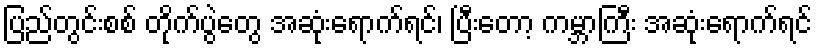
ပြည်တွင်းစစ် တိုက်ပွဲတွေ အဆုံးရောက်ရင်၊ ပြီးတော့ ကမ္ဘာကြီး အဆုံးရောက်ရင်